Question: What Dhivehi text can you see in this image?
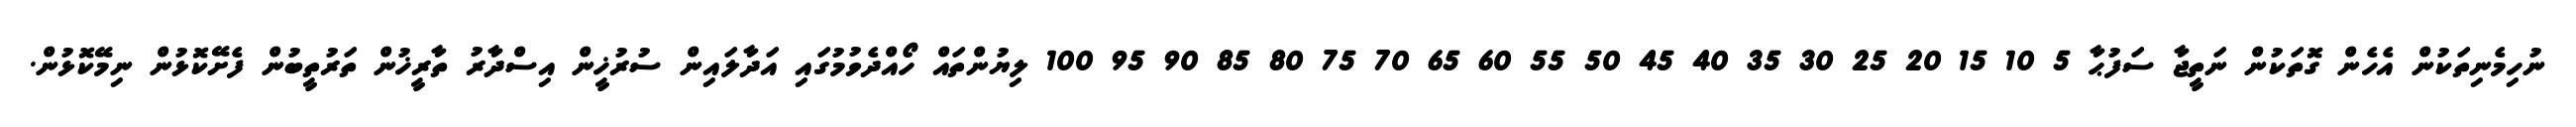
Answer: ނުހިމެނިތަކުން އެހެން ގޮތަކުން ނަތީޖާ ސަފުޙާ 5 10 15 20 25 30 35 40 45 50 55 60 65 70 75 80 85 90 95 100 ލިޔުންތައް ހޯއްދެވުމުގައި އަދާލައިން ސުރުޚީން އިސްދާރު ތާރީޚުން ތަރުތީބުން ފެށޭކޮޅުން ނިމޭކޮޅުން.